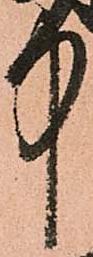
中